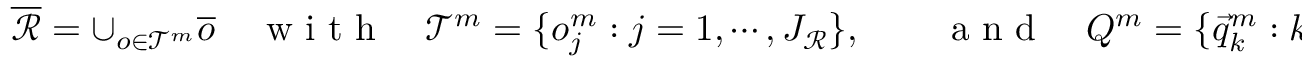
\overline { { \mathscr { R } } } = \cup _ { o \in \mathscr { T } ^ { m } } \overline { { o } } \quad \mathrm { ~ w ~ i ~ t ~ h ~ } \quad \mathscr { T } ^ { m } = \{ o _ { j } ^ { m } : j = 1 , \cdots , J _ { \mathscr { R } } \} , \qquad \mathrm { ~ a ~ n ~ d ~ } \quad Q ^ { m } = \{ \vec { q } _ { k } ^ { m } : k = 1 , \cdots , K \} ,